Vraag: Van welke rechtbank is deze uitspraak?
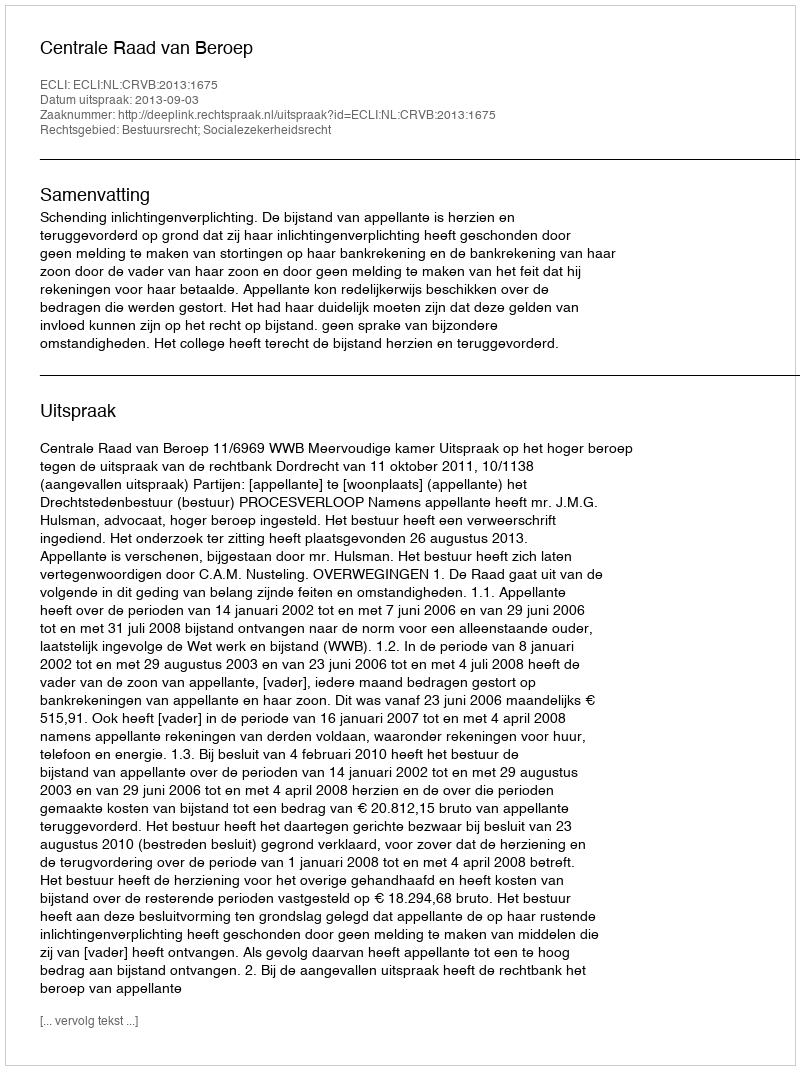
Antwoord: Centrale Raad van Beroep